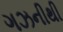
ગઝનીથી